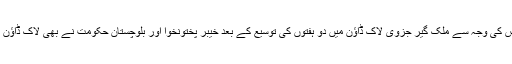
فاق کی جانب سے کورونا وائرس کی وجہ سے ملک گیر جزوی لاک ڈاؤن میں دو ہفتوں کی توسیع کے بعد خیبر پختونخوا اور بلوچستان حکومت نے بھی لاک ڈاؤن کی مدت 30 اپریل تک بڑھادی۔